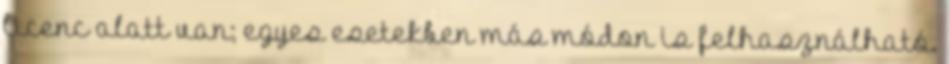
licenc alatt van; egyes esetekben más módon is felhasználható.